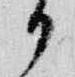
日